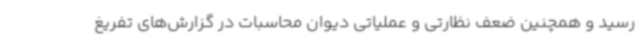
رسید و همچنین ضعف نظارتی و عملیاتی دیوان محاسبات در گزارش‌های تفریغ